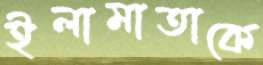
ইলামাতাকে